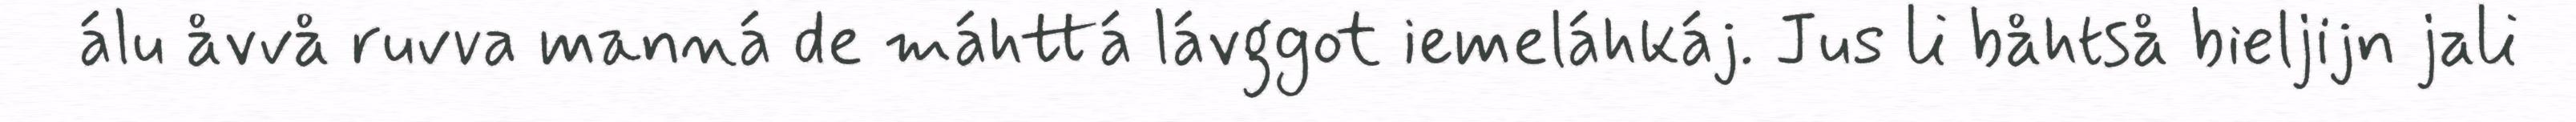
álu åvvå ruvva manná de máhttá lávggot iemeláhkáj. Jus li båhtså bieljijn jali